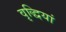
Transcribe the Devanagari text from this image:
वृद्धियां